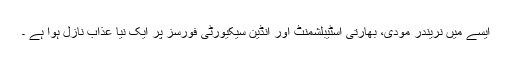
ایسے میں نریندر مودی، بھارتی اسٹیبلشمنٹ اور انڈین سیکیورٹی فورسز پر ایک نیا عذاب نازل ہُوا ہے ۔